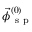
\vec { \phi } _ { \mathrm { ~ s ~ p ~ } } ^ { ( 0 ) }